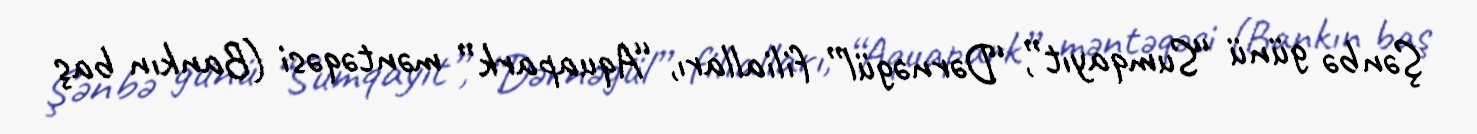
Şənbə günü “Sumqayıt”, “Dərnəgül” filialları, “Aquapark” məntəqəsi (Bankın baş